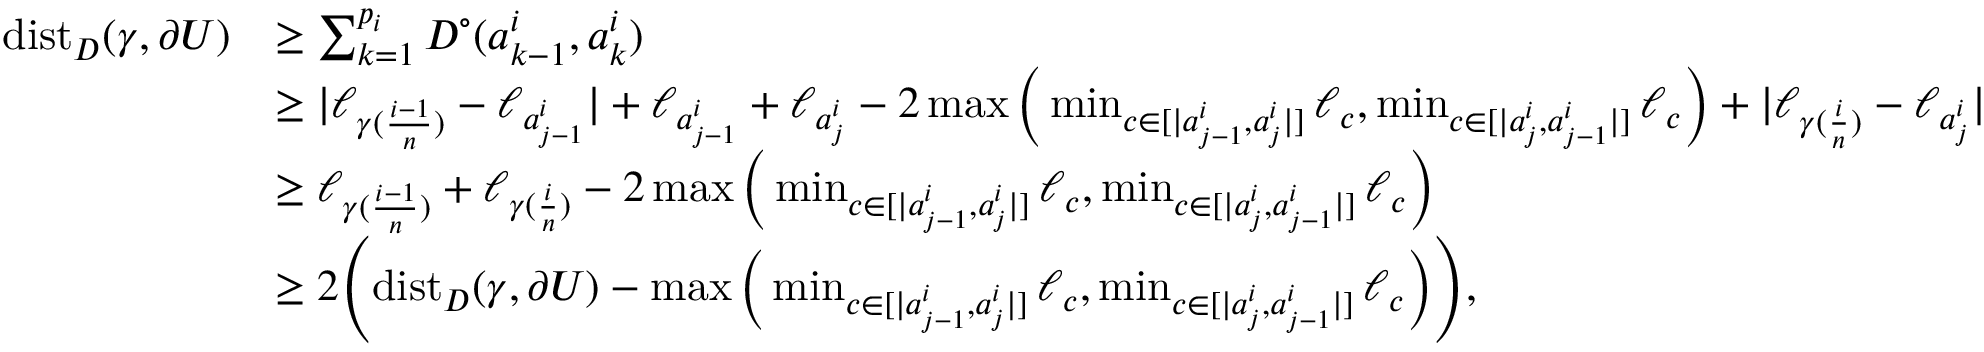
\begin{array} { r l } { \mathrm { d i s t } _ { D } ( \gamma , \partial U ) } & { \geq \sum _ { k = 1 } ^ { p _ { i } } D ^ { \circ } ( a _ { k - 1 } ^ { i } , a _ { k } ^ { i } ) } \\ & { \geq | \ell _ { \gamma ( \frac { i - 1 } { n } ) } - \ell _ { a _ { j - 1 } ^ { i } } | + \ell _ { a _ { j - 1 } ^ { i } } + \ell _ { a _ { j } ^ { i } } - 2 \operatorname* { m a x } \Big ( \operatorname* { m i n } _ { c \in [ | a _ { j - 1 } ^ { i } , a _ { j } ^ { i } | ] } \ell _ { c } , \operatorname* { m i n } _ { c \in [ | a _ { j } ^ { i } , a _ { j - 1 } ^ { i } | ] } \ell _ { c } \Big ) + | \ell _ { \gamma ( \frac { i } { n } ) } - \ell _ { a _ { j } ^ { i } } | } \\ & { \geq \ell _ { \gamma ( \frac { i - 1 } { n } ) } + \ell _ { \gamma ( \frac { i } { n } ) } - 2 \operatorname* { m a x } \Big ( \operatorname* { m i n } _ { c \in [ | a _ { j - 1 } ^ { i } , a _ { j } ^ { i } | ] } \ell _ { c } , \operatorname* { m i n } _ { c \in [ | a _ { j } ^ { i } , a _ { j - 1 } ^ { i } | ] } \ell _ { c } \Big ) } \\ & { \geq 2 \Bigg ( \mathrm { d i s t } _ { D } ( \gamma , \partial U ) - \operatorname* { m a x } \Big ( \operatorname* { m i n } _ { c \in [ | a _ { j - 1 } ^ { i } , a _ { j } ^ { i } | ] } \ell _ { c } , \operatorname* { m i n } _ { c \in [ | a _ { j } ^ { i } , a _ { j - 1 } ^ { i } | ] } \ell _ { c } \Big ) \Bigg ) , } \end{array}